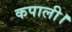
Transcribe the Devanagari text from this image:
कपाली।